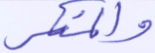
والمنكر